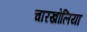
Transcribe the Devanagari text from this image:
चारखोलिया